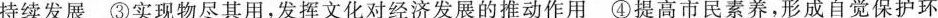
持续发展③实现物尽其用，发挥文化对经济发展的推动作用④提高市民素养，形成自觉保护环